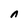
Character: n